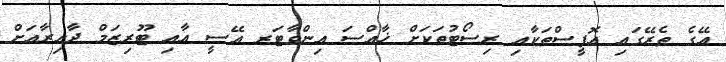
އޭގެ ތެރޭގައި އޮފީސްތަކާއި ރިސޯޓުތަކަށް ޚާއްސަ އިންވާޓަރ އޭސީ އާއި ޓޫރިޒަމް ދާއިރާއަށް